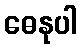
ဓေနုပါ